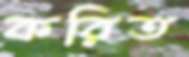
করিত